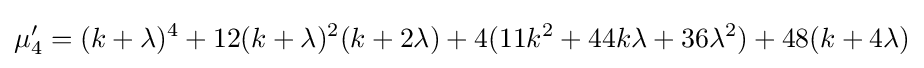
\mu '_{4}=(k+\lambda )^{4}+12(k+\lambda )^{2}(k+2\lambda )+4(11k^{2}+44k\lambda +36\lambda ^{2})+48(k+4\lambda )